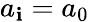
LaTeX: a_{\mathbf{i}}=a_{0}